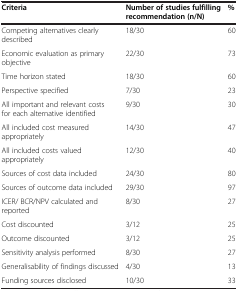
<table><thead><tr><td><b>Criteria</b></td><td><b>Number of studies fulfilling recommendation (n/N)</b></td><td><b>%</b></td></tr></thead><tbody><tr><td>Competing alternatives clearly described</td><td>18/30</td><td>60</td></tr><tr><td>Economic evaluation as primary objective</td><td>22/30</td><td>73</td></tr><tr><td>Time horizon stated</td><td>18/30</td><td>60</td></tr><tr><td>Perspective specified</td><td>7/30</td><td>23</td></tr><tr><td>All important and relevant costs for each alternative identified</td><td>9/30</td><td>30</td></tr><tr><td>All included cost measured appropriately</td><td>14/30</td><td>47</td></tr><tr><td>All included costs valued appropriately</td><td>12/30</td><td>40</td></tr><tr><td>Sources of cost data included</td><td>24/30</td><td>80</td></tr><tr><td>Sources of outcome data included</td><td>29/30</td><td>97</td></tr><tr><td>ICER/ BCR/NPV calculated and reported</td><td>8/30</td><td>27</td></tr><tr><td>Cost discounted</td><td>3/12</td><td>25</td></tr><tr><td>Outcome discounted</td><td>3/12</td><td>25</td></tr><tr><td>Sensitivity analysis performed</td><td>8/30</td><td>27</td></tr><tr><td>Generalisability of findings discussed</td><td>4/30</td><td>13</td></tr><tr><td>Funding sources disclosed</td><td>10/30</td><td>33</td></tr></tbody></table>